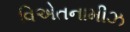
વિએતનામીઝ